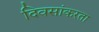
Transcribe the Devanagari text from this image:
दिवसांकरता